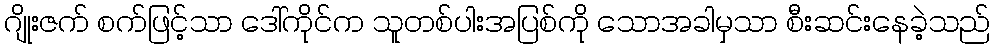
ဂျိုးဇက် စက်ဖြင့်သာ ဒေါ်ကိုင်က သူတစ်ပါးအပြစ်ကို သောအခါမှသာ စီးဆင်းနေခဲ့သည်